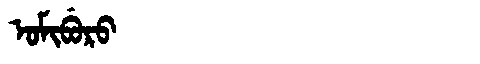
Manchu: ᠣᠮᡳᠪᡠᡵᠣ
Romanization: OMIBURO